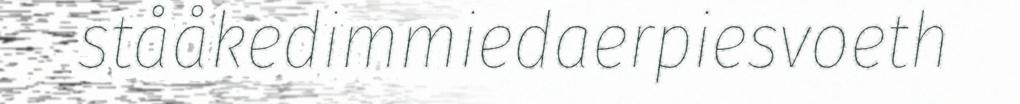
stååkedimmiedaerpiesvoeth